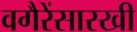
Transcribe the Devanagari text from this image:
वगैरेंसारखी